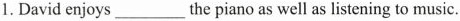
1. David enjoys___the piano as well as listening to music.